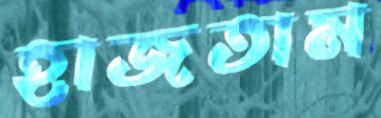
হাজতাম